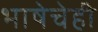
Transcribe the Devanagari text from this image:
भाषेचेही